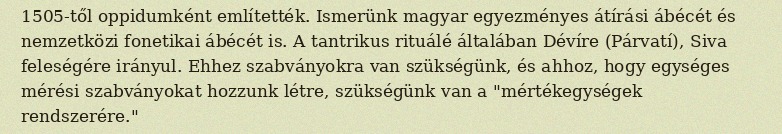
1505-től oppidumként említették. Ismerünk magyar egyezményes átírási ábécét és nemzetközi fonetikai ábécét is. A tantrikus rituálé általában Dévíre (Párvatí), Siva feleségére irányul. Ehhez szabványokra van szükségünk, és ahhoz, hogy egységes mérési szabványokat hozzunk létre, szükségünk van a "mértékegységek rendszerére."